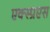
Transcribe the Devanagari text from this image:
एक्स्प्रएस